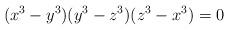
LaTeX: \begin{align*} (x^3-y^3)(y^3-z^3)(z^3-x^3)=0\end{align*}